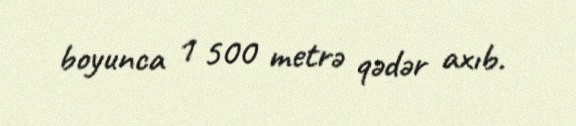
boyunca 1 500 metrə qədər axıb.